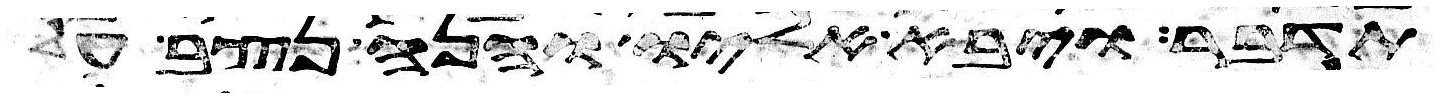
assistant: תדבר ויבא אליו והנה נצב על